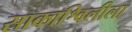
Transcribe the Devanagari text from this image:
साकाश्विलीला